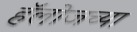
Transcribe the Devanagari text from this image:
हॅलोजच्या